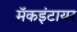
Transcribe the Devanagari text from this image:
मॅकइंटायर